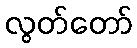
လွတ်တော်